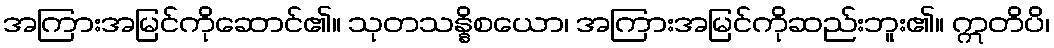
အကြားအမြင်ကိုဆောင်၏။ သုတသန္နိစယော၊ အကြားအမြင်ကိုဆည်းဘူး၏။ ဣတိပိ၊